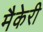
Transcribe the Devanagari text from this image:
मैकेरी